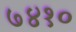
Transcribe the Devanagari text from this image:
७४१०